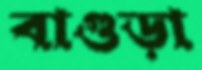
বাগুড়া